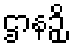
ဌာနဉှိ